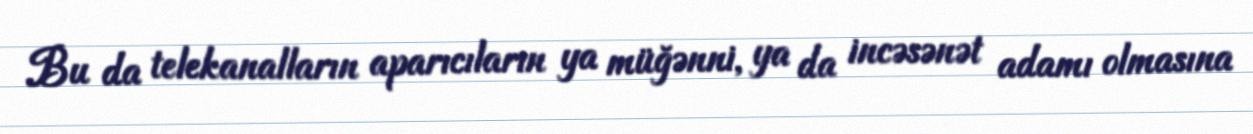
Bu da telekanalların aparıcıların ya müğənni, ya da incəsənət adamı olmasına